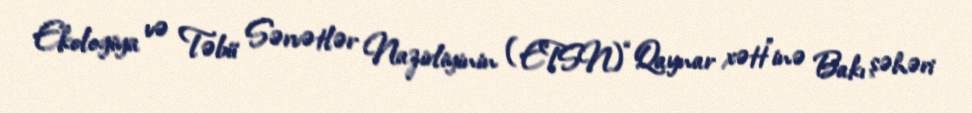
Ekologiya və Təbii Sərvətlər Nazirliyinin (ETSN) “Qaynar xətt”inə Bakı şəhəri